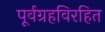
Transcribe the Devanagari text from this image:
पूर्वग्रहविरहित